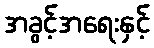
အခွင့်အရေးနှင့်